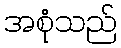
အစုံသည်